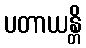
ပတာယန္တိ